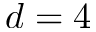
d = 4